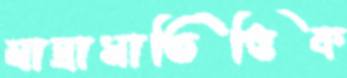
মাদ্রাসাভিত্তিক